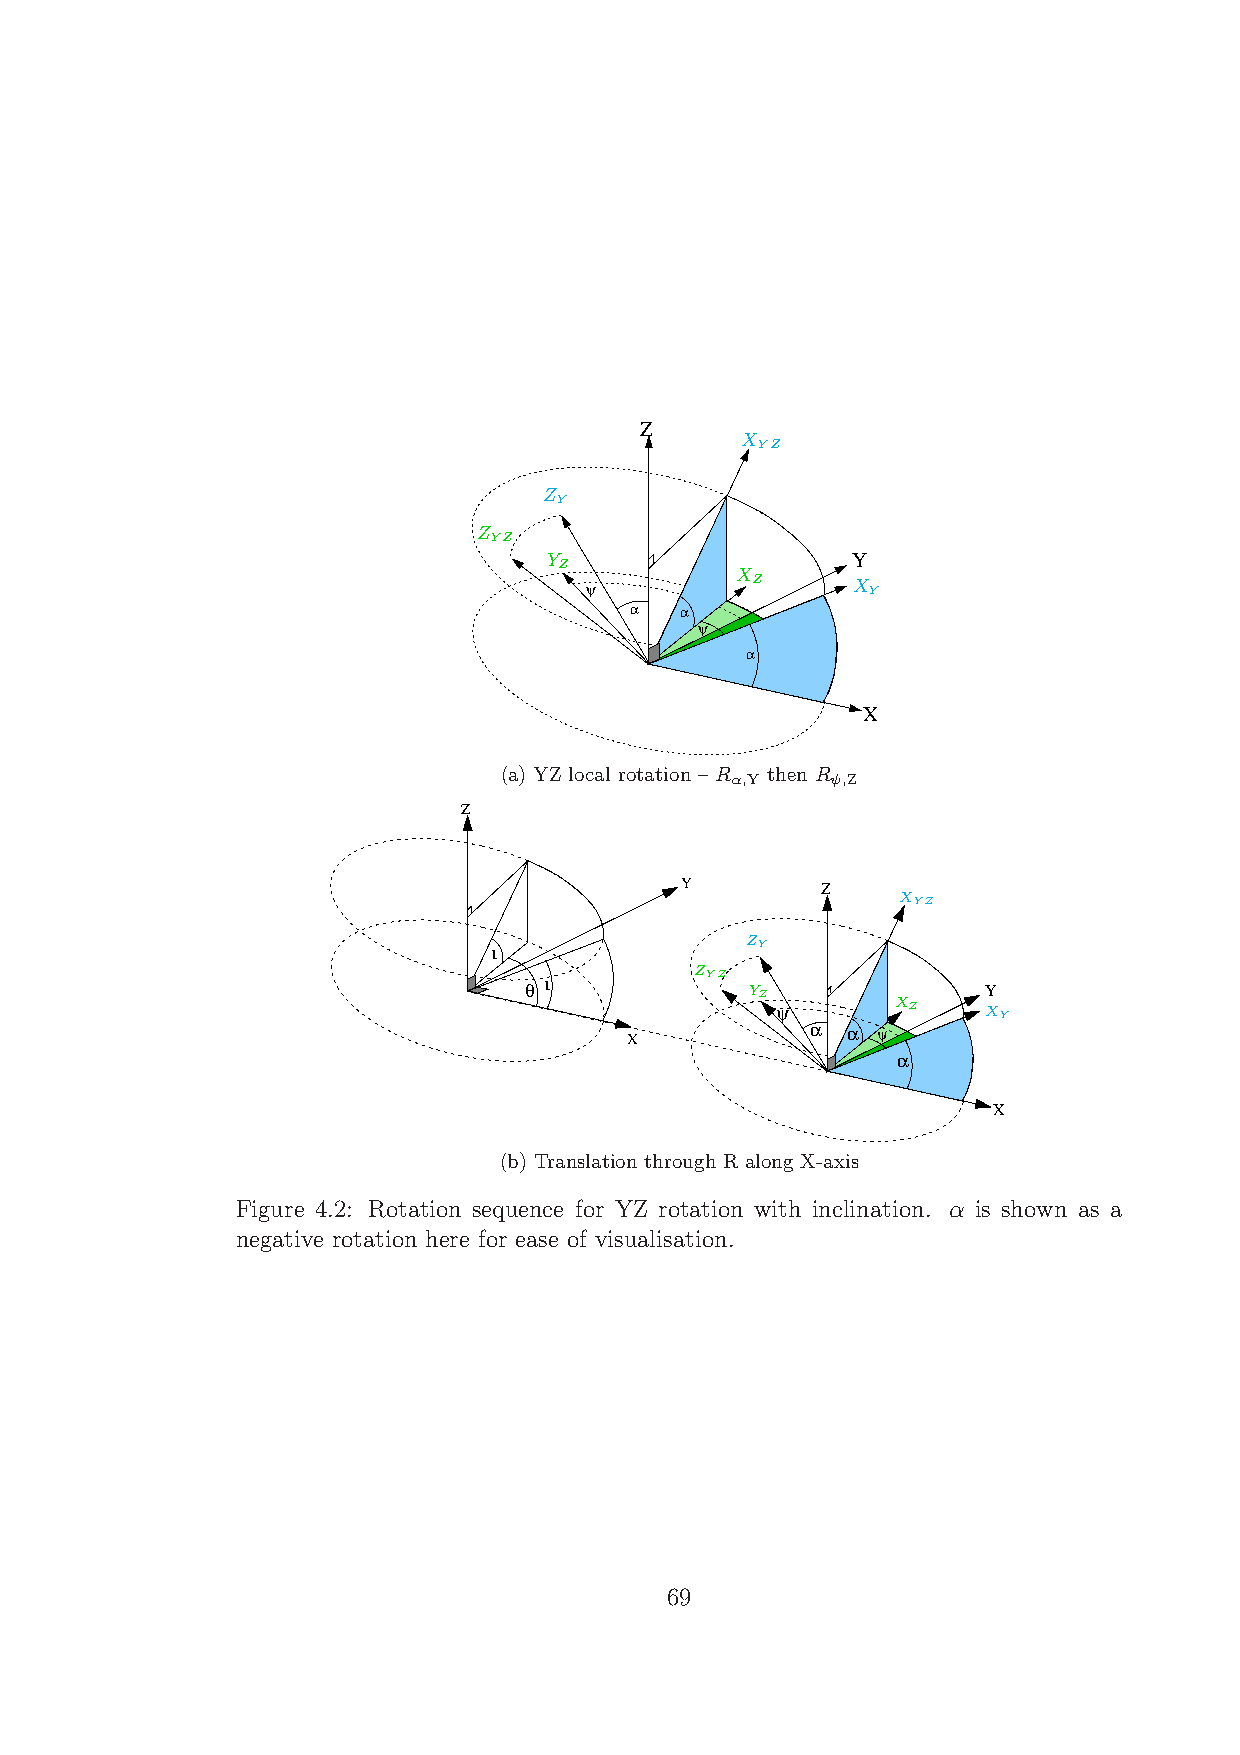
Z
 X
 YZ
 Z
 Y
 Z
 YZ
 Y                   Y
 Z           X
 Z     X
 ψ                 Y
 α  α
 ψ
 α
 X
 (a) YZ local rotation – R then R
 α,Y    ψ,Z
 Z
 Y        Z
 XYZ
 ι
 ZY
 ι
 ZYZ
 θ              YZ             Y
 ψ       XZ    XY
 α α ψ
 X
 α
 X
 (b) Translation through R along X-axis
 Figure 4.2: Rotation sequence for YZ rotation with inclination. α is shown as a
 negative rotation here for ease of visualisation.
 69